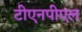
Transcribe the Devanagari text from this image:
टीएनपीएल